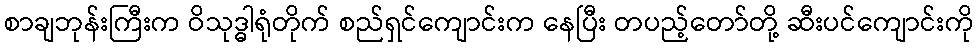
စာချဘုန်းကြီးက ဝိသုဒ္ဓါရုံတိုက် စည်ရှင်ကျောင်းက နေပြီး တပည့်တော်တို့ ဆီးပင်ကျောင်းကို